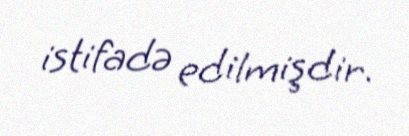
istifadə edilmişdir.